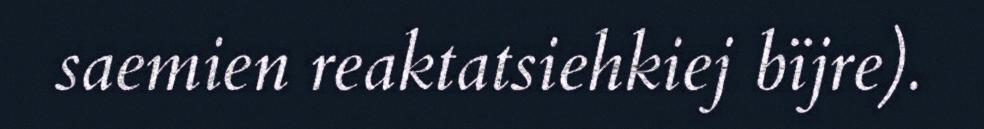
saemien reaktatsiehkiej bïjre).